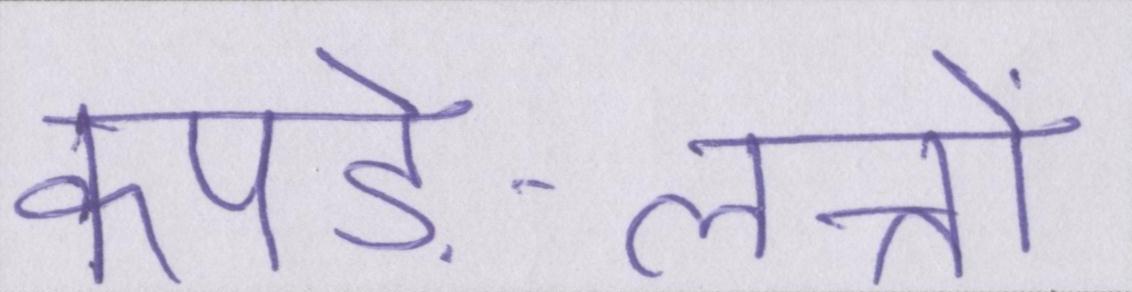
कपड़े-लत्तों